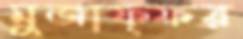
মুজাফ্ফর